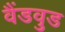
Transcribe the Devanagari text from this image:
वैंडवुड